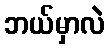
ဘယ်မှာလဲ